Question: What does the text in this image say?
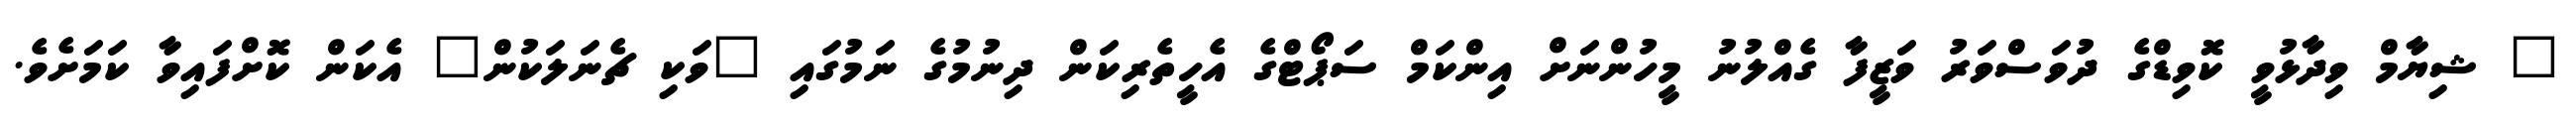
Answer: " ޝިޔާމް ވިދާޅުވީ ކޮވިޑްގެ ދުވަސްވަރު ވަޒީފާ ގެއްލުނު މީހުންނަށް އިންކަމް ސަޕޯޓްގެ އެހީތެރިކަން ދިނުމުގެ ނަމުގައި "ވަކި ޗެނަލަކުން" އެކަން ކޮށްފައިވާ ކަމަށެވެ.